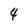
Character: 4